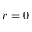
r = 0